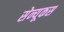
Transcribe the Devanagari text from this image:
सेन्यूकस